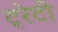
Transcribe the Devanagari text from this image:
ट्रेटी